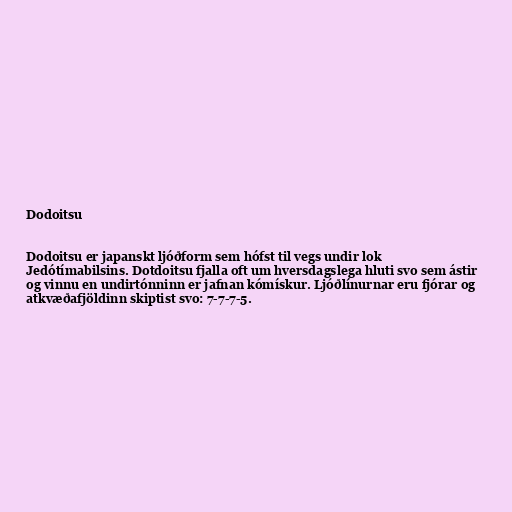
Dodoitsu

Dodoitsu er japanskt ljóðform sem hófst til vegs undir lok
Jedótímabilsins. Dotdoitsu fjalla oft um hversdagslega hluti svo sem ástir
og vinnu en undirtónninn er jafnan kómískur. Ljóðlínurnar eru fjórar og
atkvæðafjöldinn skiptist svo: 7-7-7-5.